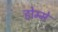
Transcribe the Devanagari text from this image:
होम्मे